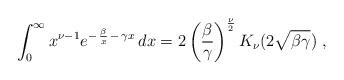
LaTeX: \begin{align*}\int_0^{\infty} x^{\nu-1} e^{-\,{\beta\over x}\, -\, \gamma x} \, dx =2\left({\beta\over\gamma}\right)^{{\nu\over 2}}K_{\nu}(2\sqrt{\beta\gamma}) \ ,\end{align*}